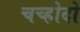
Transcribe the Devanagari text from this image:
चच्होदो